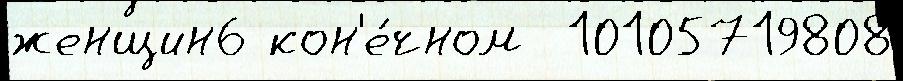
женщин6 кон'е́чном  10105719808